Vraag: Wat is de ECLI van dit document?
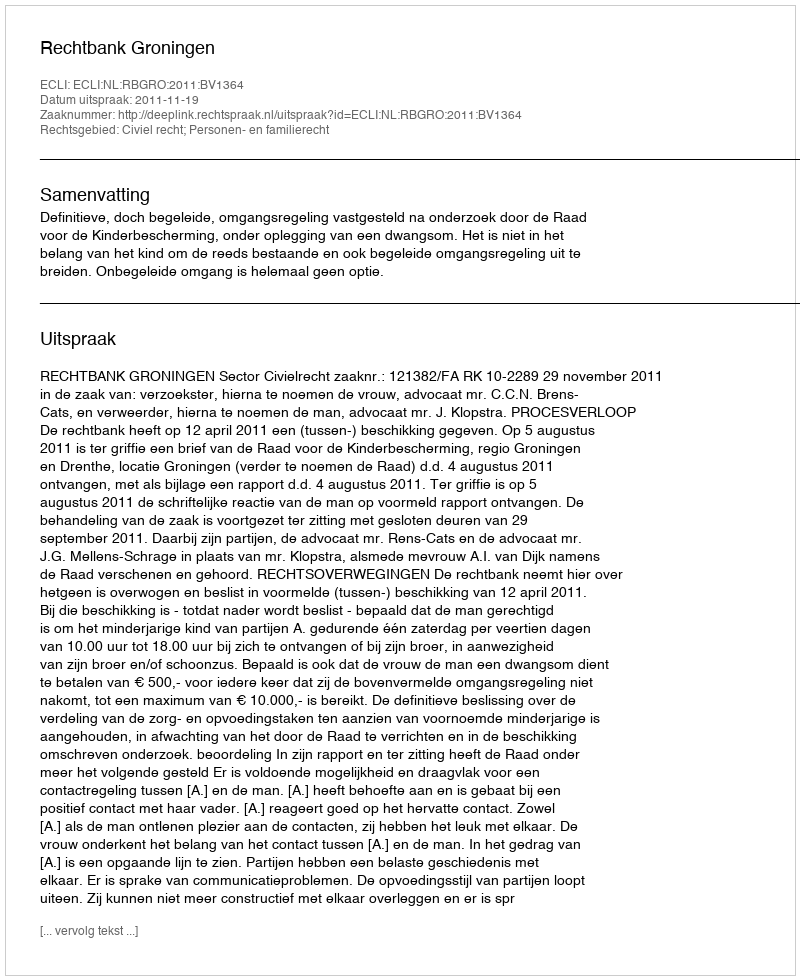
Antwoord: ECLI:NL:RBGRO:2011:BV1364